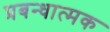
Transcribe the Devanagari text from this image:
प्रबन्धात्मक